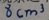
8 c m ^ { 3 }